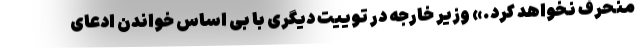
منحرف نخواهد کرد.» وزیر خارجه در توییت دیگری با بی اساس خواندن ادعای